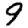
Digit: 9